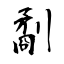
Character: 劀